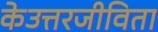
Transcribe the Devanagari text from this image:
केउत्तरजीविता